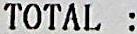
TOTAL :